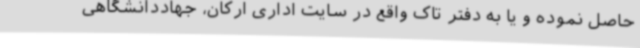
حاصل نموده و یا به دفتر تاک واقع در سایت اداری ارکان، جهاددانشگاهی